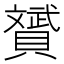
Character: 贇